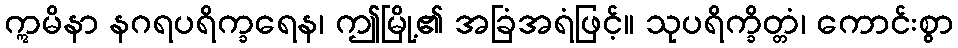
ဣမိနာ နဂရပရိက္ခရေန၊ ဤမြို့၏ အခြံအရံဖြင့်။ သုပရိက္ခိတ္တံ၊ ကောင်းစွာ